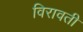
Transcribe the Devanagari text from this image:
विरावती